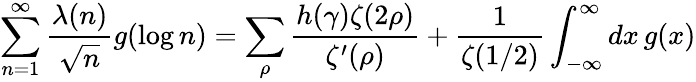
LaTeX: \sum_{n=1}^{\infty}{\frac{\lambda(n)}{\sqrt{n}}}g(\log n)=\sum_{\rho}{\frac{h(\gamma)\zeta(2\rho)}{\zeta^{\prime}(\rho)}}+{\frac{1}{\zeta(1/2)}}\int_{-\infty}^{\infty}dx\, g(x)